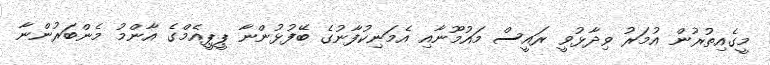
މީގެއިތުރުން އުމަރު ވިދާޅުވީ ރައީސް މައުމޫނާއި އެމަނިކުފާނުގެ ބޭފުޅުންނާ ޕީޕީއެމްގެ އާންމު މެންބަރުންނާ